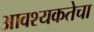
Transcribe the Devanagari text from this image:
आवश्‍यकतेचा